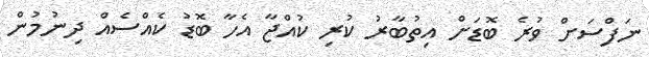
ނަފްސަށް ވުރެ ބޮޑަށް އިތުބާރު ކުރި ކުއްޖާ އެހާ ބޮޑު ކެއްސެއް ދިނުމުން